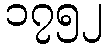
၁၇၅၂